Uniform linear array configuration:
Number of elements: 8
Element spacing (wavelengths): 0.75
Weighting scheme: exponential
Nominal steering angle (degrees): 0
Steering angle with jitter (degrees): -1.887
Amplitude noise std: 0.05
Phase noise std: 0.05

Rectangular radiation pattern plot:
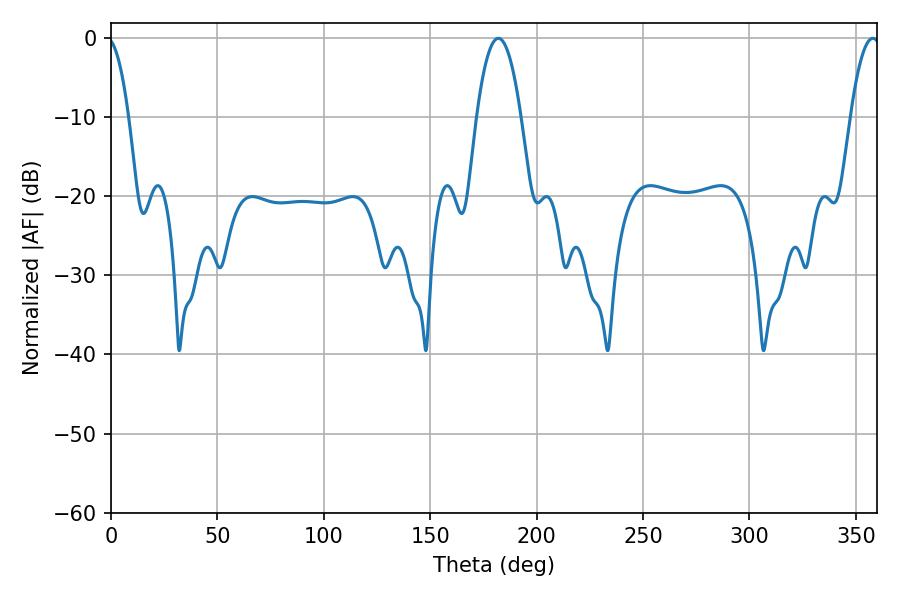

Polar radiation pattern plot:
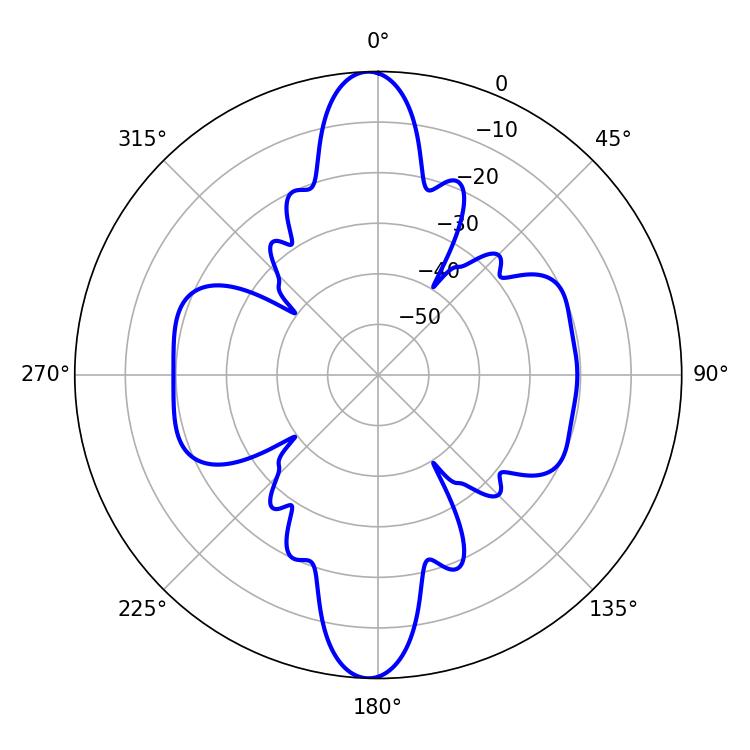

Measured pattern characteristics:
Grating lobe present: TRUE
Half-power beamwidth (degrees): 11.52
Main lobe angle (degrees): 181.98